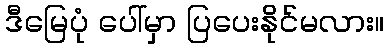
ဒီမြေပုံ ပေါ်မှာ ပြပေးနိုင်မလား။